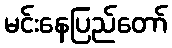
မင်းနေပြည်တော်